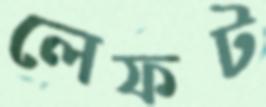
লেফট